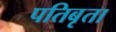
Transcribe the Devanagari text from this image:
पतिबृता